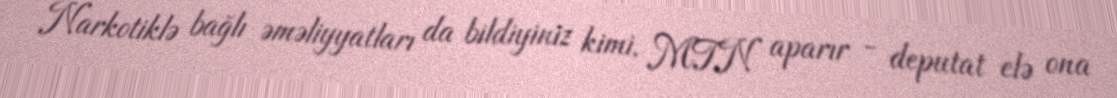
Narkotiklə bağlı əməliyyatları da bildiyiniz kimi, MTN aparır - deputat elə ona